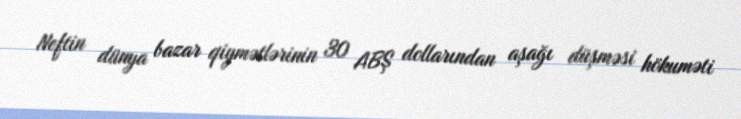
Neftin dünya bazar qiymətlərinin 30 ABŞ dollarından aşağı düşməsi hökuməti